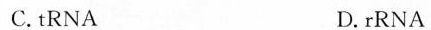
C.tRNA D.rRNA